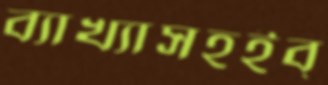
ব্যাখ্যাসহইব্